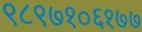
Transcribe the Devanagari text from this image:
९८९७१०६१७७